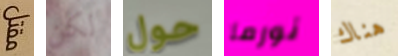
مقتل لكن حول نورما هناك